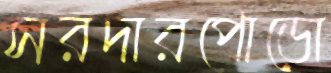
সরদারপোড়ো